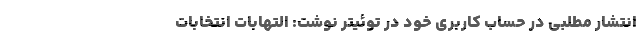
انتشار مطلبی در حساب کاربری خود در توئیتر نوشت: التهاباتِ انتخاباتِ